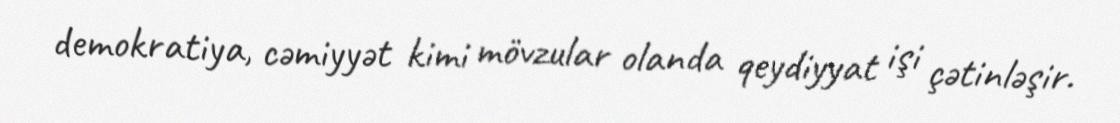
demokratiya, cəmiyyət kimi mövzular olanda qeydiyyat işi çətinləşir.